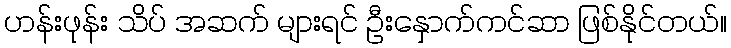
ဟန်းဖုန်း သိပ် အဆက် များရင် ဦးနှောက်ကင်ဆာ ဖြစ်နိုင်တယ်။